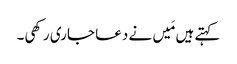
کہتے ہیں مَیں نے دعا جاری رکھی۔